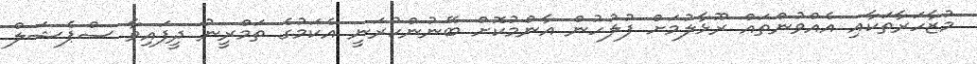
މުޒާހަރާތަކާއި އެއްވުންތައް ރޫޅާލުމަށް ފުލުހުން އާންމުކޮށް ބޭނުންކުރަނީ އެކަމުގެ ތަމްރީނު ދީފައިވާ ސްޕެޝަލް